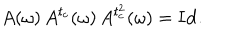
A ( \omega ) \, A ^ { t _ { c } } ( \omega ) \, A ^ { t _ { c } ^ { 2 } } ( \omega ) = { \bf I d } .